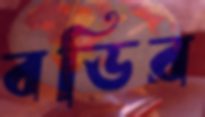
বডির